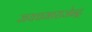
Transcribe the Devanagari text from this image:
जयचमाराजेन्द्र